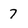
Character: 7